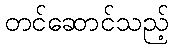
တင်ဆောင်သည့်